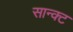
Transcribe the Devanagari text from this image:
सान्क्ट